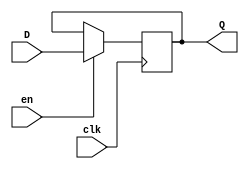
module EFF24 
    (   input en,
        input clk,
        input [23:0] D,
        output reg [23:0] Q);
    
	always @ (posedge clk) 
        begin
            if(en)
                Q <= D;
        end
endmodule